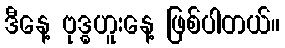
ဒီနေ့ ဗုဒ္ဓဟူးနေ့ ဖြစ်ပါတယ်။